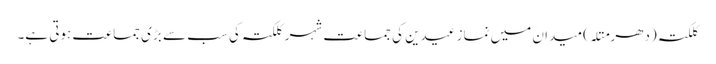
کلکتہ (دھرمتلہ) میدان میں نمازِ عیدین کی جماعت شہر کلکتہ کی سب سے بڑی جماعت ہوتی ہے۔